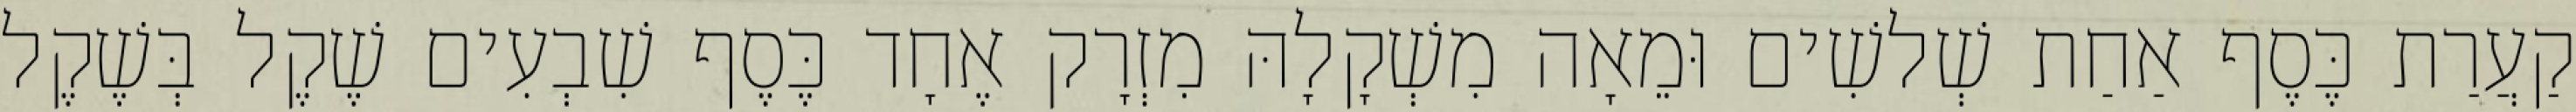
קַעֲרַת כֶּסֶף אַחַת שְׁלשִׁים וּמֵאָה מִשְׁקָלָהּ מִזְרָק אֶחָד כֶּסֶף שִׁבְעִים שֶׁקֶל בְּשֶׁקֶל